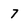
Character: 7